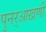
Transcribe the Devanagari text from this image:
पुनर्‌आखणी